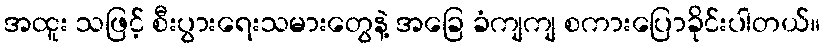
အထူး သဖြင့် စီးပွားရေးသမားတွေနဲ့ အခြေ ခံကျကျ စကားပြောခိုင်းပါတယ်။